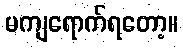
မကျရောက်ရတော့။